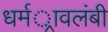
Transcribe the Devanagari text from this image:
धर्मर्ावलंबी